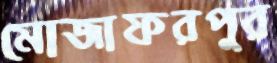
মোজাফরপুর